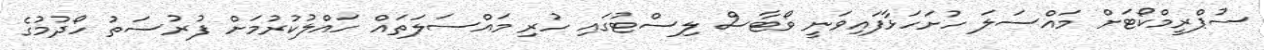
ސުޕްރީމްކޯޓަށް މައްސަލަ ހުށަހަޅާފައިވަނީ ވޯޓާސް ލިސްޓުގައި ހުރި މައްސަލަތައް ހައްލުކުރުމަށް ފުރުސަތު ހޯދުމުގެ